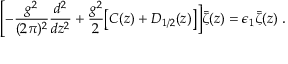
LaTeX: \Biggl [ - { \frac { g ^ { 2 } } { ( 2 \pi ) ^ { 2 } } } { \frac { d ^ { 2 } } { d z ^ { 2 } } } + { \frac { g ^ { 2 } } { 2 } } \bigl [ C ( z ) + D _ { 1 / 2 } ( z ) \bigr ] \biggr ] \bar { \zeta } ( z ) = \epsilon _ { 1 } \bar { \zeta } ( z ) \; .